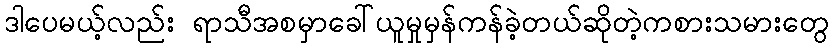
ဒါပေမယ့်လည်း ရာသီအစမှာခေါ်ယူမှုမှန်ကန်ခဲ့တယ်ဆိုတဲ့ကစားသမားတွေ